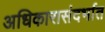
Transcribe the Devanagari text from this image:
अधिकारासंदर्भात